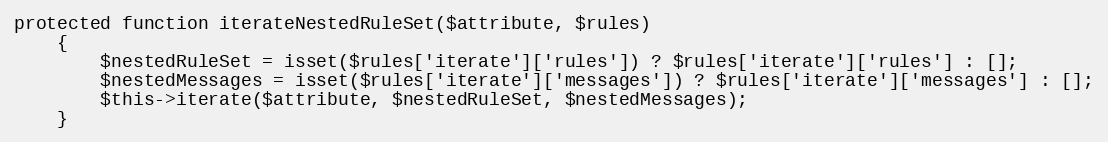
Language: PHP
protected function iterateNestedRuleSet($attribute, $rules)
    {
        $nestedRuleSet = isset($rules['iterate']['rules']) ? $rules['iterate']['rules'] : [];
        $nestedMessages = isset($rules['iterate']['messages']) ? $rules['iterate']['messages'] : [];
        $this->iterate($attribute, $nestedRuleSet, $nestedMessages);
    }